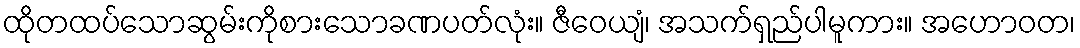
ထိုတထပ်သောဆွမ်းကိုစားသောခဏပတ်လုံး။ ဇီဝေယျံ၊ အသက်ရှည်ပါမူကား။ အဟောဝတ၊